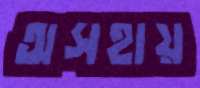
অসহায়